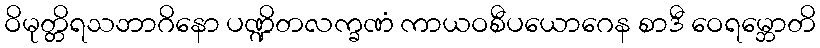
ဝိမုတ္တိရသဘာဂိနော ပဏ္ဍိတလက္ခဏံ ကာယဝစီပယောဂေန စာဒီ ဝေရမ္ဘောတိ